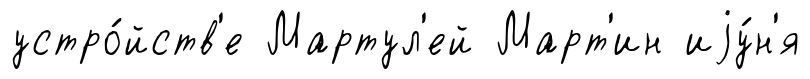
устро́йств'е Мартул'ей Март'ин иjу́н'я